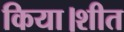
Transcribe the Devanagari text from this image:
किया।शीत